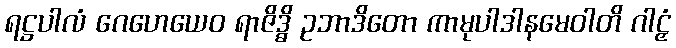
ရဋ္ဌပါလံ ဂေဟေယေဝ ရာဇိဒ္ဓိ ဥဘာဒိတော ကာမုပါဒါနမေဝါတိ ဂါဠှံ